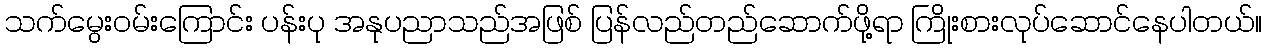
သက်မွေးဝမ်းကြောင်း ပန်းပု အနုပညာသည်အဖြစ် ပြန်လည်တည်ဆောက်ဖို့ရာ ကြိုးစားလုပ်ဆောင်နေပါတယ်။